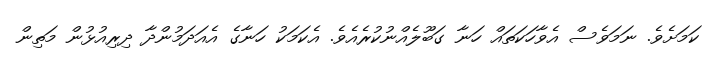
ކަމަށެވެ. ނަމަވެސް އެވާހަކަތައް ހަނާ ގަބޫލެއްނުކުރެއެވެ. އެކަމަކު ހަނާގެ އެއަދަމުންދާ ދިރިއުޅުން މަތިން